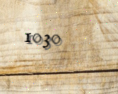
1030